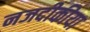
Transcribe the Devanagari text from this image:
नजदीकीया